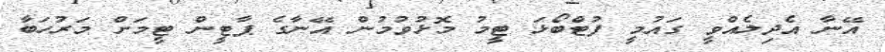
އޭނާ އެދިލެއްވީ ގައުމީ ފުޓްބޯޅަ ޓީމު މޮޅުވުމުން އޭނާގެ ޕާޓީން ޓީމަށް މަރުހަބާ